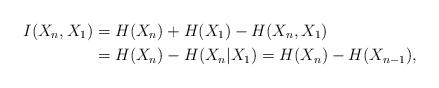
LaTeX: \begin{align*} I(X_n,X_1) &= H(X_n)+H(X_1)-H(X_n,X_1)\\&=H(X_n) - H(X_n|X_1) = H(X_n) - H(X_{n-1}) ,\end{align*}